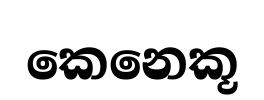
කෙනෙකූ